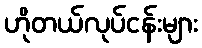
ဟိုတယ်လုပ်ငန်းများ